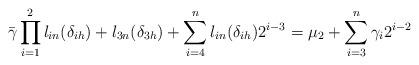
LaTeX: \begin{align*}\bar{\gamma}\prod\limits^{2}_{i=1} l_{in}(\delta_{ih})+l_{3n}(\delta_{3h})+\sum\limits^{n}_{i=4}l_{in}(\delta_{ih})2^{i-3}=\mu_{2}+\sum\limits^{n}_{i=3}\gamma_{i}2^{i-2}\end{align*}